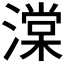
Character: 𬈷